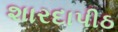
શારદાપીઠ